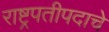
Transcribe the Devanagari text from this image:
राष्ट्रपतीपदाचे